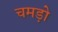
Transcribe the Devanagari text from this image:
चमड़ो